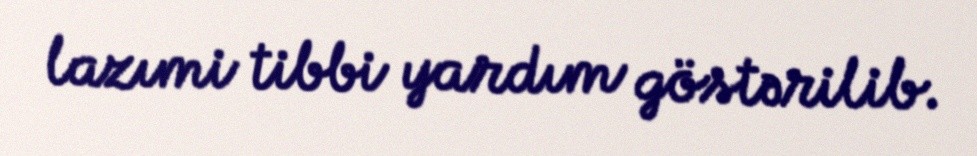
lazımi tibbi yardım göstərilib.